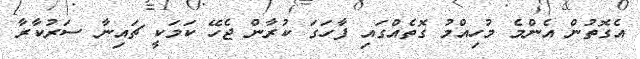
އެގޮތުން އެންމެ މުހިއްމު ގޮތެއްގައި ފާހަގަ ކުރާން ޖެހޭ ކަމަކީ ޗައިނާ ސަރުކާރާ